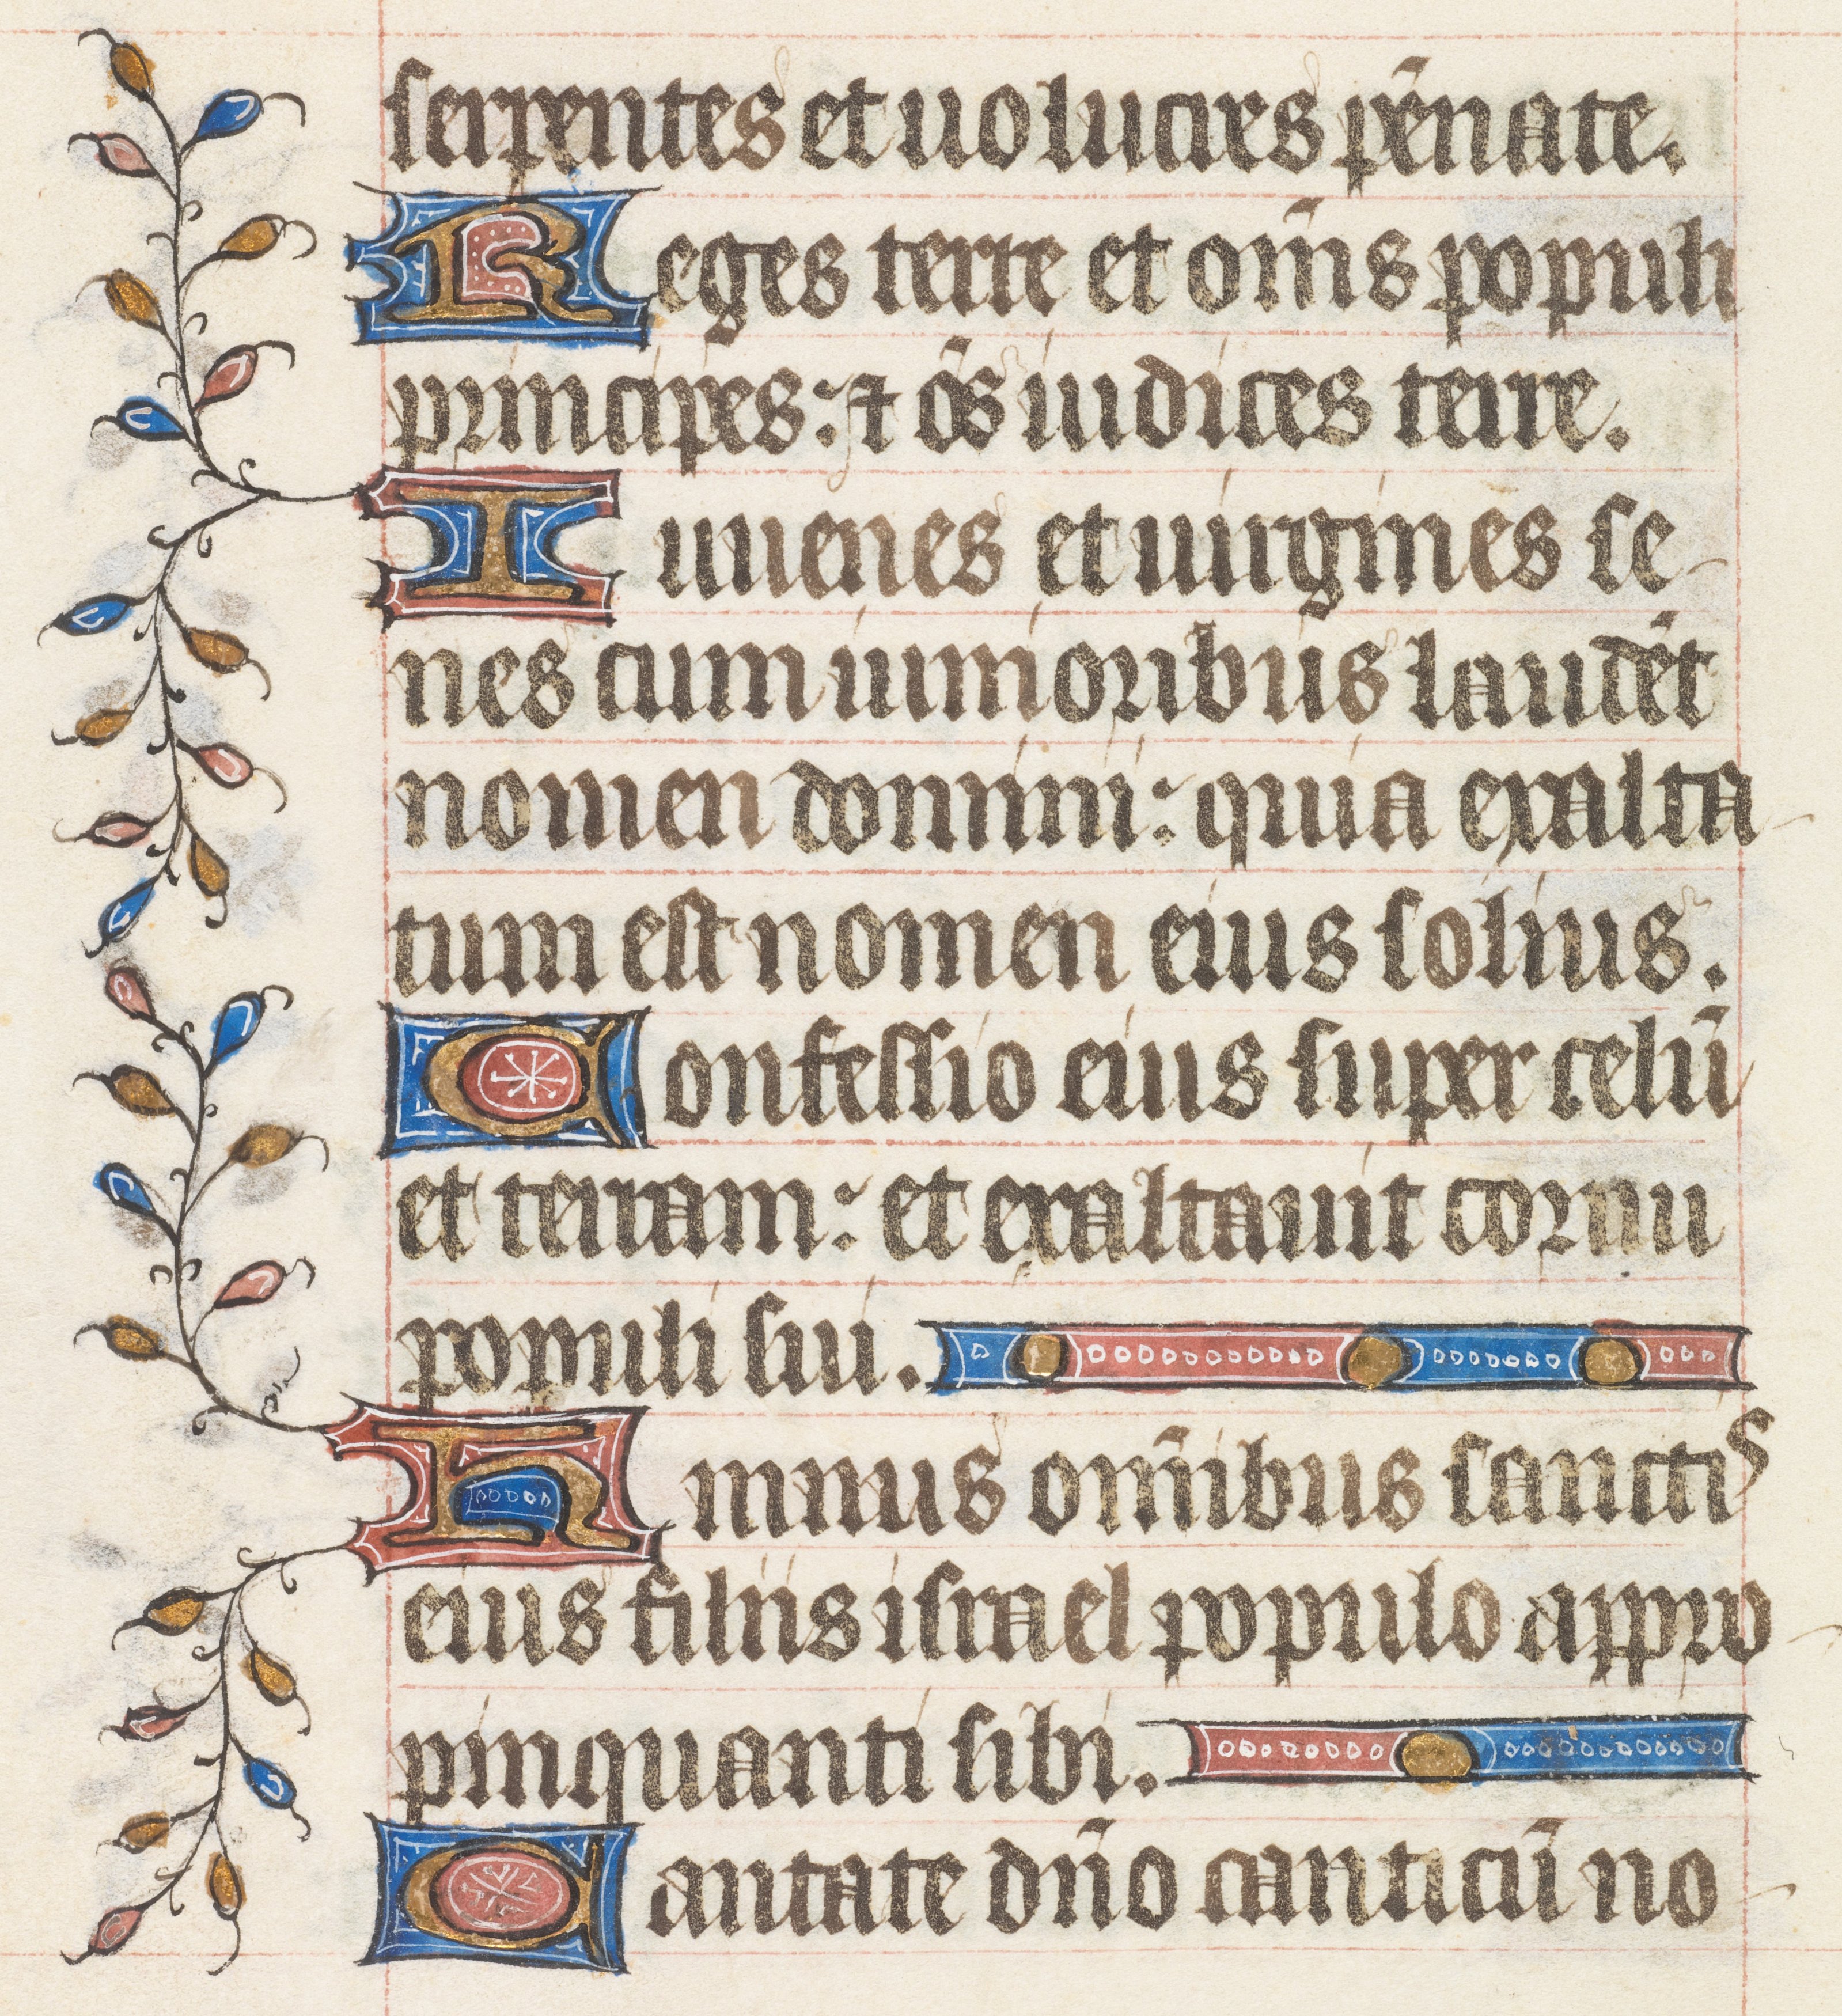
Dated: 1395–1425